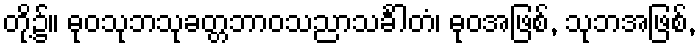
တို့၌။ ဓုဝသုဘသုခတ္တဘာဝသညာသင်္ခါတံ၊ ဓုဝအဖြစ်, သုဘအဖြစ်,